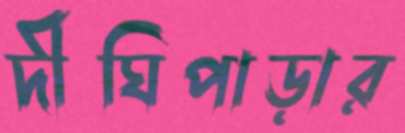
দীঘিপাড়ার